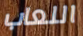
اللعاب